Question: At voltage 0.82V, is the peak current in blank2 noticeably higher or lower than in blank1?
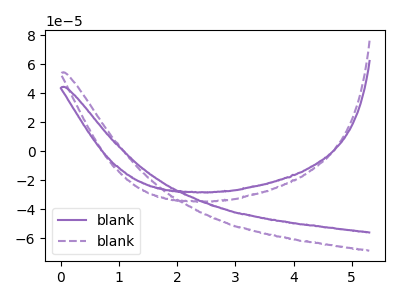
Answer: <think>The purple curve "blank1" has no peaks. The purple dashed curve "blank2" has no peaks.</think>
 <answer>"blank2" and "blank1" dont share a peak at 0.82V.</answer>
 <eval>mismatch</eval>